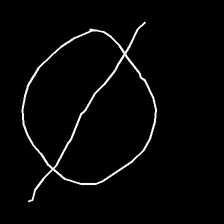
Glyph: orb